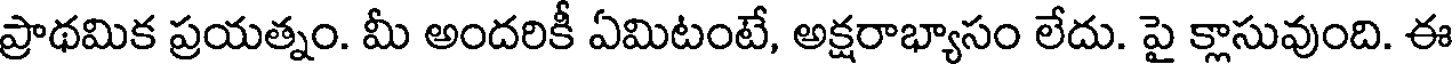
ప్రాథమిక ప్రయత్నం. మీ అందరికీ ఏమిటంటే, అక్షరాభ్యాసం లేదు. పై క్లాసువుంది. ఈ